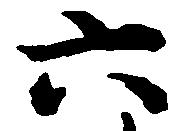
六